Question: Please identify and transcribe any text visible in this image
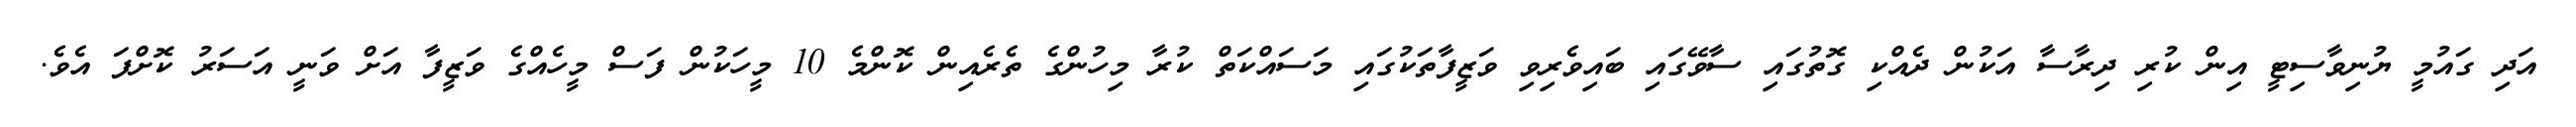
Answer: އަދި ގައުމީ ޔުނިވާސިޓީ އިން ކުރި ދިރާސާ އަކުން ދެއްކި ގޮތުގައި ސާވޭގައި ބައިވެރިވި ވަޒީފާތަކުގައި މަސައްކަތް ކުރާ މިހުންގެ ތެރެއިން ކޮންމެ 10 މީހަކުން ފަސް މީހެއްގެ ވަޒީފާ އަށް ވަނީ އަސަރު ކޮށްފަ އެވެ.